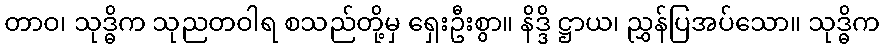
တာဝ၊ သုဒ္ဓိက သုညတဝါရ စသည်တို့မှ ရှေးဦးစွာ။ နိဒ္ဒိ ဋ္ဌာယ၊ ညွှန်ပြအပ်သော။ သုဒ္ဓိက